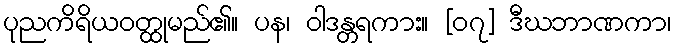
ပုညကိရိယဝတ္ထုမည်၏။ ပန၊ ဝါဒန္တရကား။ [၀၇] ဒီဃဘာဏကာ၊